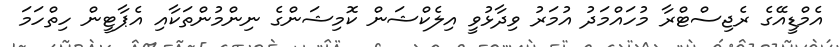
އެމްޑީއޭގެ ރެޖިސްޓްރާ މުހައްމަދު އުމަރު ވިދާޅުވީ އިލެކްޝަން ކޮމިޝަންގެ ނިންމުންތަކާއި އެޕާޓީން ހިތްހަމަ